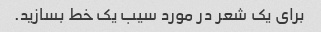
برای یک شعر در مورد سیب یک خط بسازید.